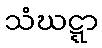
သံဃဋ္ဋာ